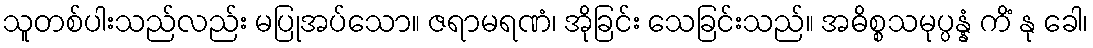
သူတစ်ပါးသည်လည်း မပြုအပ်သော။ ဇရာမရဏံ၊ အိုခြင်း သေခြင်းသည်။ အဓိစ္စသမုပ္ပန္နံ ကိံ နု ခေါ၊